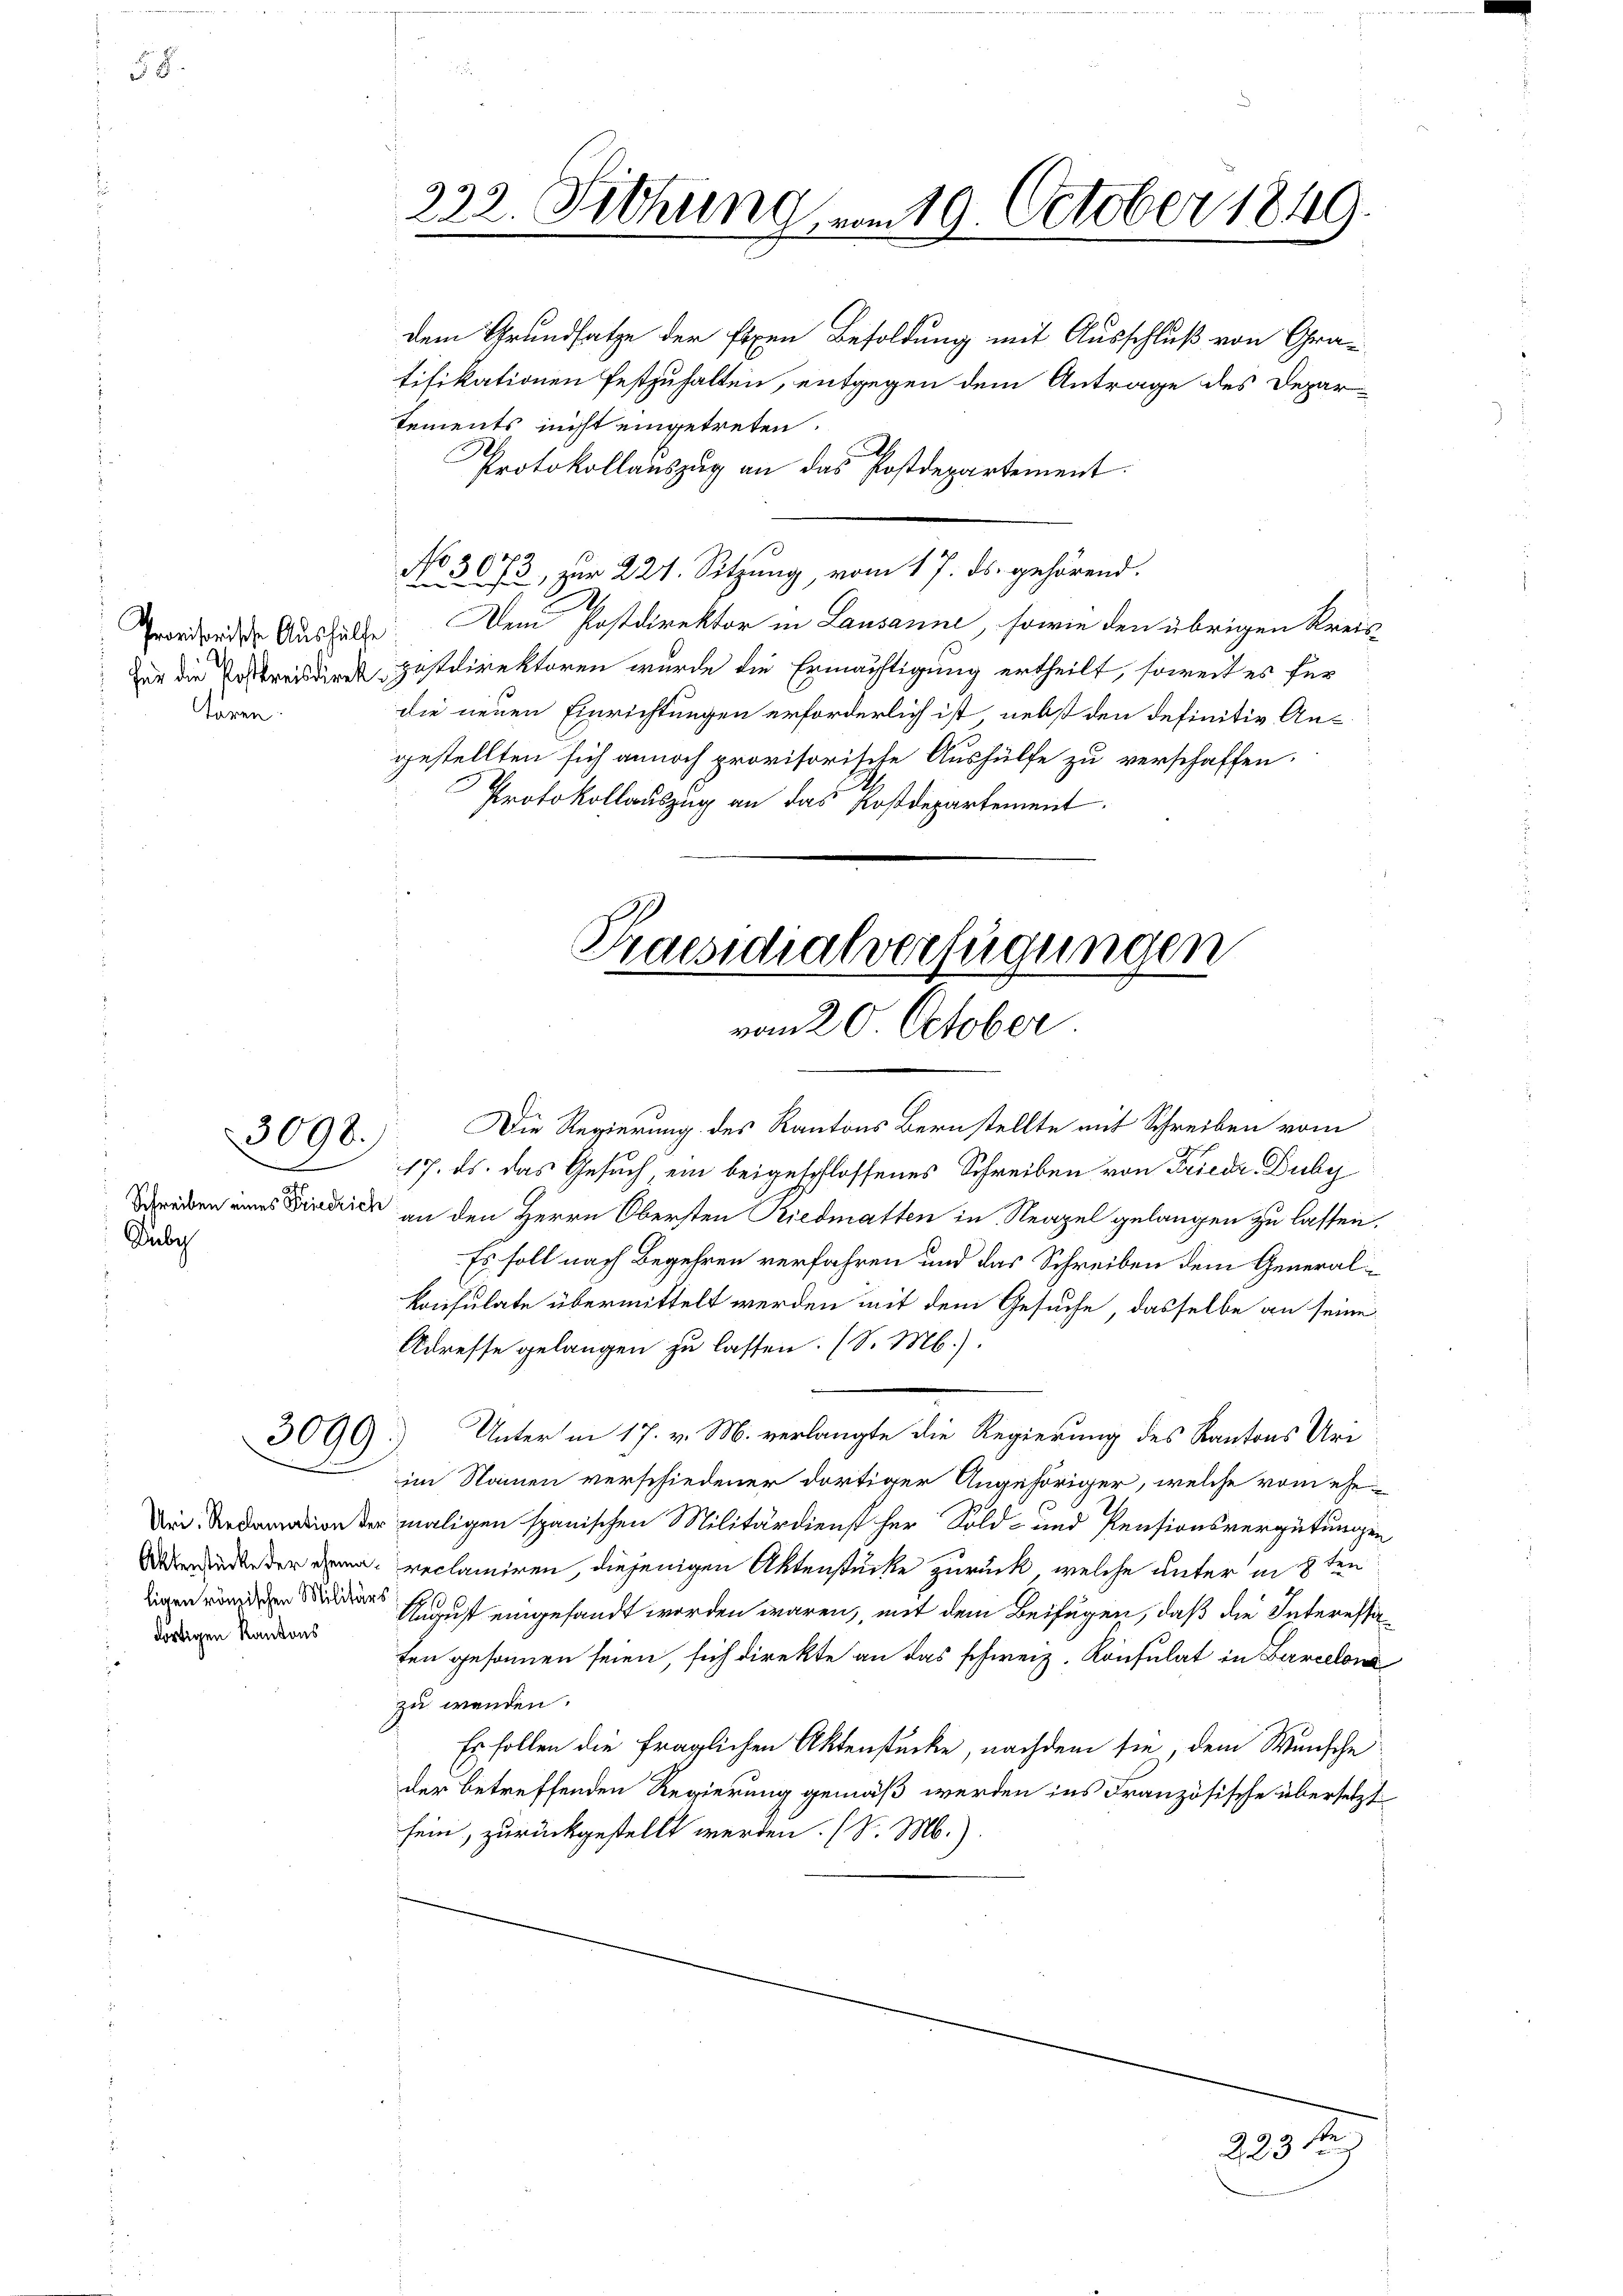
taren.

Dube

3098.
.

Schreiben eines Friedrich

3099.)

dortigen Kantons

232. Fethung vom 10. October 1849

dem Grundsatze der Eigen Besoldung mit Ausschluß von Gratifikationen festzuhalten, entgegen dem Antrage des Departements nicht eingetreten.
Protokollauszug an das Postdepartement:
No 3073, zur 221. Sitzung, vom 17. ds. gehörend.
Fordende Aushalte. Dem Postdirektor in Lausanne, sowie den übrigen Kreiszer die Erstreitung zustdirektoren wurde die Ermächtigung ertheilt, soweit es für
die neuen Einrichtungen erforderlich ist, nebst den definitiv An-
gestellten sich annoch provisorische Aushülfe zu verschaffen.
Protokollauszug an das Kostdepartement.

Praesidialverfügungen
vom 20. October

Die Regierung des Kantons Bernstellte mit Schreiben vom
117. ds. das Gesuch ein beigeschlossenes Schreiben von Friedr. Duby
an den Herrn Obersten Riedmatten in Neapel gelangen zu lassen.
Es soll nach Begehren verfahren und das Schreiben dem General¬
Konsulate übermittelt werden mit dem Gesuche, dasselbe an seine
Adresse gelangen zu lassen. (S. M.).
Unter in 17. v. M. verlangte die Regierung des Kantons Uri
im Namen verschiedener dortiger Angehöriger, welche vom ehe-
Dion der maligen spanischen Militärdienst her Sold- und Pensionsvergütungen
Auswandten der den reclamiren, diejenigen Aktenstücke zurück, welche unter in 8 ten
 uf eingesandt worden wären, mit dem Beifügen, daß die Interessaten gesammen seien, sich direkte an das schweiz. Konsulat in Barcelona
zu wenden.
Es sollen die fraglichen Aktenstücke, nachdem sie, dem Wunsche
der betreffenden Regierung gemäß werden ins Französische übersetzt
sein, zurückgestellt werden. (S. M.)

223 f